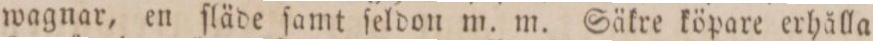
wagnar, en ſläde ſamt ſeldon m. m. Säkre köpare erhälla